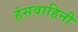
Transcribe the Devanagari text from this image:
हंसवाहिनी